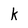
Character: k